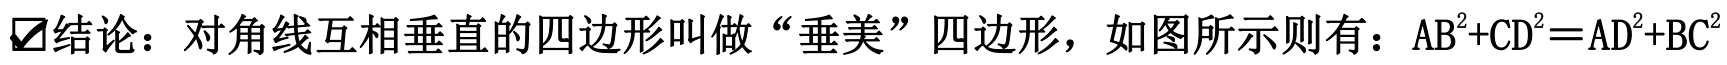
$\lozenge 结论：对角线互相垂直的四边形叫做“垂美”四边形，如图所示则有：\text{AB}^{2}+\text{CD}^{2}=\text{AD}^{2}+\text{BC}^{2}$